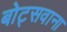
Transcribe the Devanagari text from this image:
बोट्सवाना